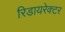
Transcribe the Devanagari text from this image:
रिडायरेक्टर